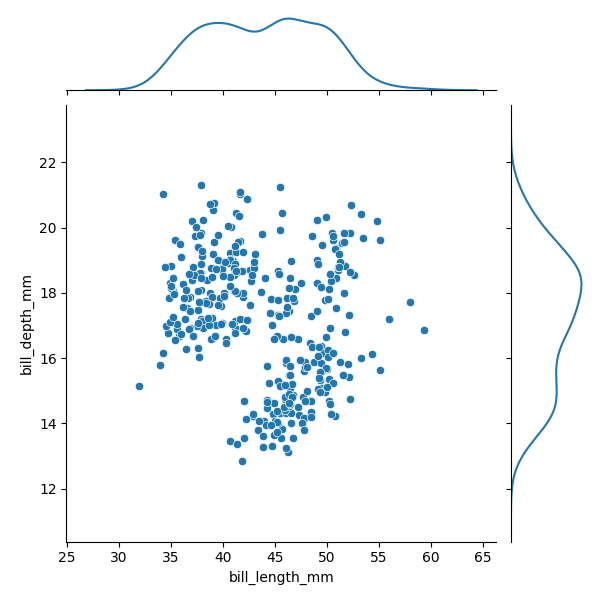
python, seaborn, JointGrid, scatterplot, kdeplot